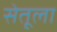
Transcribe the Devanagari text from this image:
सेतूला